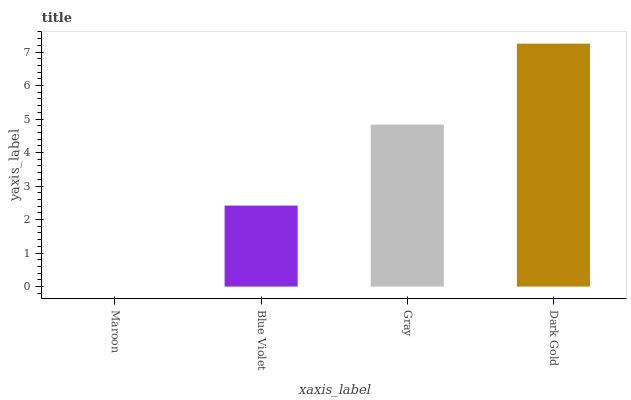
| xaxis_label | bars |
 | --- | --- |
 | Maroon | 0 |
 | Blue Violet | 2.42 |
 | Gray | 4.83 |
 | Dark Gold | 7.25 |